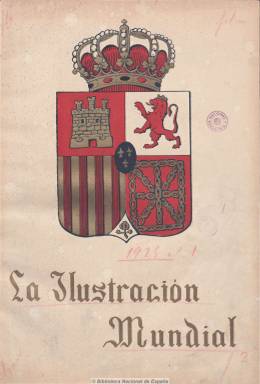
Título: La Ilustración mundial
Colección: Revistas de información general
Ámbito geográfico: Madrid
Lugar de publicación: Madrid
Fechas: 01/02/1925-15/07/1926

Subtitulada como “revista hispanoamericana”, es otro ejemplo de publicación de las que se editan en España al calor de un renacido espíritu americanista español durante la dictadura primoriverista y las exposiciones internacionales de Sevilla y Barcelona, y dedicada a “una constante exaltación de los valores espirituales, materiales y artísticos de cuantos países americanos hablan nuestro idioma”, tal como se expresaba en su primer número. De periodicidad trimestral y más de un centenar de páginas por número, estuvo dirigida por Gumersindo Puertas Rubio y tuvo como gerentes, primero, a Miguel B. Abiama y, después, a Francisco Ruiz.

El primer número dedicado enteramente a Cuba, aunque en los siguientes continuó ofreciendo informaciones sobre la isla, y el cuarto dedicado a Venezuela. Contiene artículos de ensayo sobre las repúblicas hispanoamericanas y también sobre España, sobre la que incluía artículos de actualidad política. Ofrece artículos y crónicas de historia, política, arquitectura, urbanismo, bellas artes, literatura, bibliografía, viajes, turismo, sociedad, ciencia, comercio, economía, diplomacia, relaciones internacionales, etc.

Profusamente ilustrada con fotografías de gran calidad en blanco y negro, algunas de ellas del madrileño Alfonso, en las que aparecen retratos de políticos, intelectuales, artistas, profesionales, reproducciones artísticas y vistas de ciudades, industrias y comercios, tanto españoles como hispanoamericanos. Entre sus colaboradores estuvieron Luis Araquistáin, Ramiro Guerra o Joaquín Dicenta. Contenía  numerosos anuncios publicitarios tanto españoles como hispanoamericanos. Aún se publicaba en 1929.